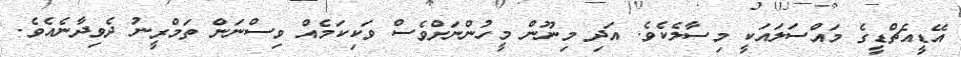
އޭޑީއެޗްޑީގެ މައްސަލައަކީ މިސާލެކެވެ. އަދި މިނޫން މީހުންނަށްވެސް ވަކިކަމެއް ވިސްނަން ތަމްރީނު ދެވިދާނެއެވެ.